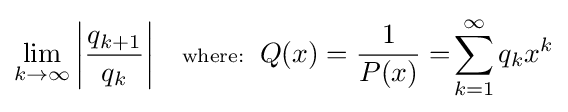
\lim _{k\to \infty }\left|{\frac {q_{k+1}}{q_{k}}}\right\vert \quad \scriptstyle {\text{where:}}\displaystyle \;\;Q(x)={\frac {1}{P(x)}}=\!\sum _{k=1}^{\infty }q_{k}x^{k}